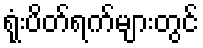
ရုံးပိတ်ရက်များတွင်